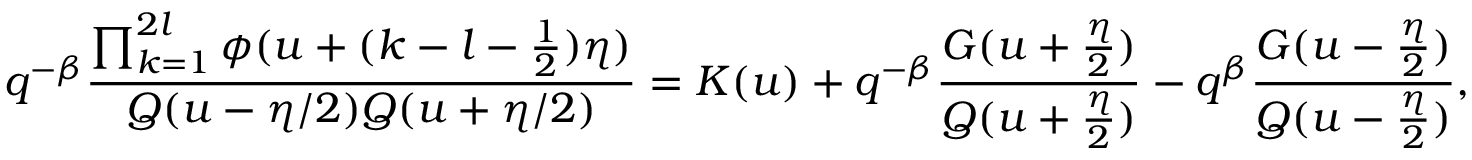
q ^ { - \beta } \frac { \prod _ { k = 1 } ^ { 2 l } \phi ( u + ( k - l - \frac 1 2 ) \eta ) } { Q ( u - \eta / 2 ) Q ( u + \eta / 2 ) } = K ( u ) + q ^ { - \beta } \frac { G ( u + \frac { \eta } { 2 } ) } { Q ( u + \frac { \eta } { 2 } ) } - q ^ { \beta } \frac { G ( u - \frac { \eta } { 2 } ) } { Q ( u - \frac { \eta } { 2 } ) } ,